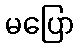
မပြော